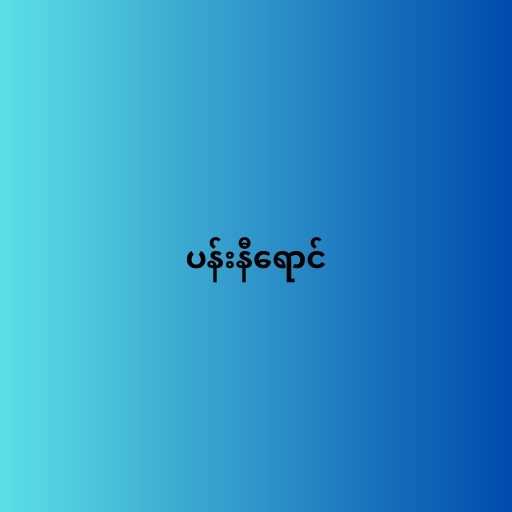
ပန်းနီရောင်